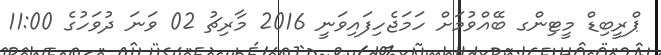
ޕްރީބިޑް މީޓިންގ ބޭއްވުމަށް ހަމަޖެހިފައިވަނީ 2016 މާރިޗު 02 ވަނަ ދުވަހުގެ 11:00